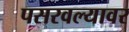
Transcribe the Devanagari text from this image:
पसरवल्यावर